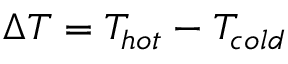
\Delta T = T _ { h o t } - T _ { c o l d }